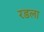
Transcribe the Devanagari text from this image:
रडला